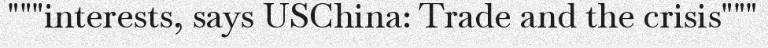
"""interests, says USChina: Trade and the crisis"""